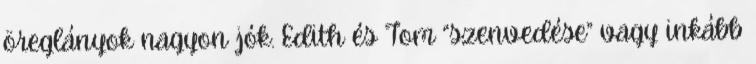
öreglányok nagyon jók. Edith és Tom “szenvedése” vagy inkább